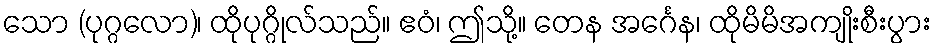
သော (ပုဂ္ဂလော)၊ ထိုပုဂ္ဂိုလ်သည်။ ဧဝံ၊ ဤသို့။ တေန အင်္ဂေန၊ ထိုမိမိအကျိုးစီးပွား